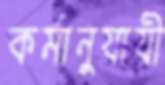
কর্মানুযায়ী